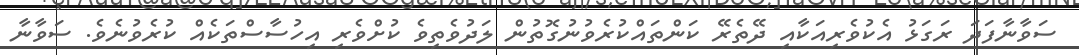
ސަވާނާފަދަ ރަގަޅު އެކުވެރިއަކާއި ދޭތެރޭ ކަންތައްކުރެވުނުގޮތުން ލަދުވެތިވެ ކުށްވެރި އިހުސާސްތަކެއް ކުރެވުނެވެ. ސަވާނާ